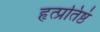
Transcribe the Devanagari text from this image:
हृत्प्रतिष्ठं